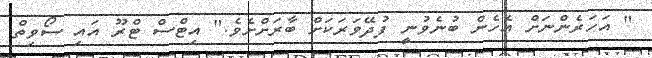
" އަހަރެންނަށް އެހެން ބުނެވުނީ ފުދޭވަރަކަށް ބާރަށްށެވެ." އިޓްސް ޓްރޫ އައި ސޯވިތް